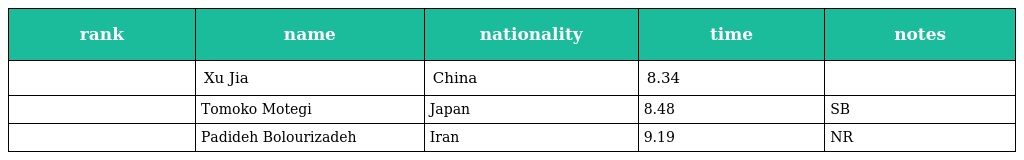
| rank | name | nationality | time | notes |
 | --- | --- | --- | --- | --- |
 |  | Xu Jia | China | 8.34 |  |
 |  | Tomoko Motegi | Japan | 8.48 | SB |
 |  | Padideh Bolourizadeh | Iran | 9.19 | NR |